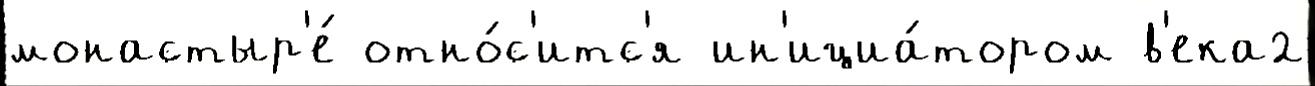
монастыр'е́ отно́с'итс'я ин'ициа́тором в'ека2